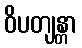
ဝိပတျန္တာ